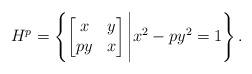
LaTeX: \begin{align*}H^p = \left\{\begin{bmatrix}x & y\\py & x\end{bmatrix}\Bigg| x^2 - py^2 = 1\right\}.\end{align*}